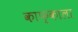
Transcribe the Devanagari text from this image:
काफ्काला